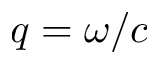
q = \omega / c